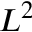
L ^ { 2 }